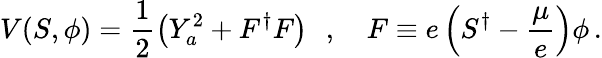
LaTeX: V(S,\phi)=\frac{1}{2}\left(Y_{a}^{2}+F^{\dagger}F\right)\, \, \, \, ,\, \, \, \, \, \, F\equiv e\left(S^{\dagger}-\frac{\mu}{e}\right)\phi\, .